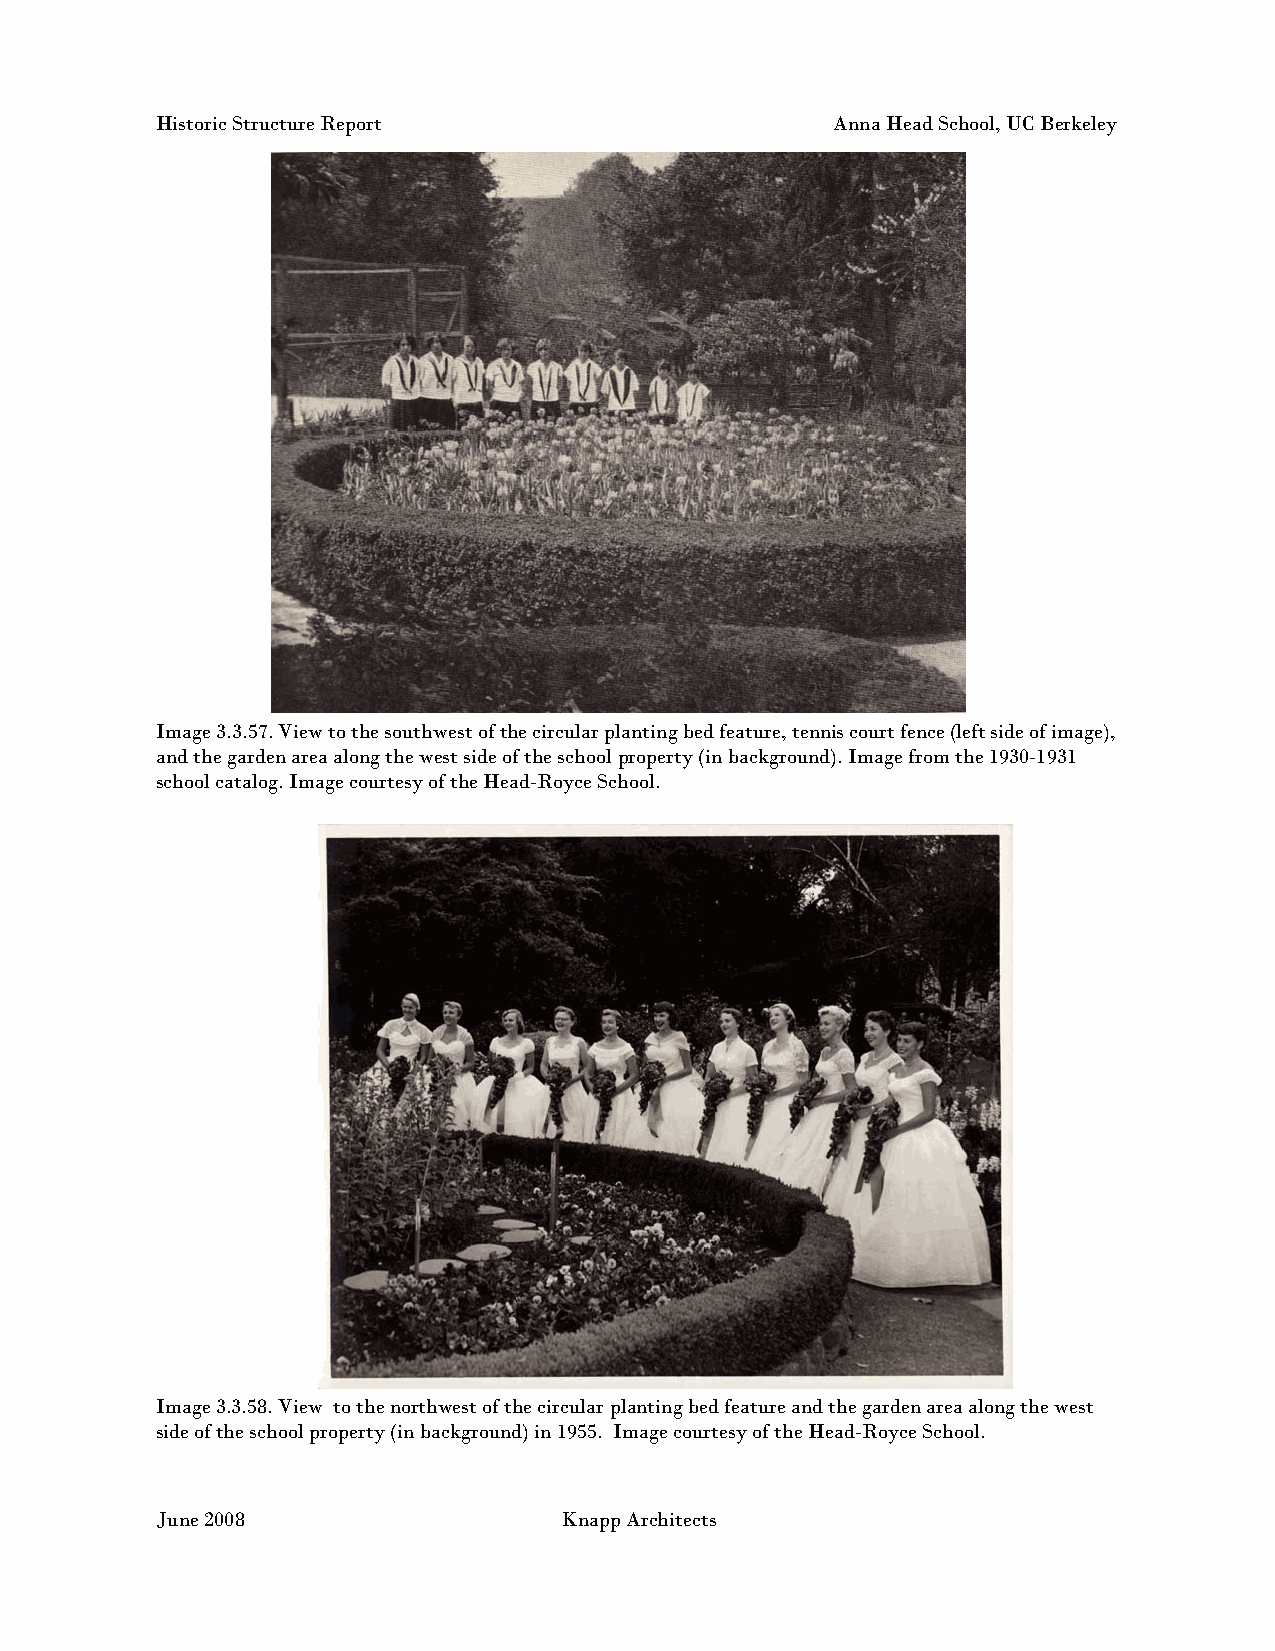
Historic Structure Report                    Anna Head School, UC Berkeley
 Image 3.3.57. View to the southwest of the circular planting bed feature, tennis court fence (left side of image),
 and the garden area along the west side of the school property (in background). Image from the 1930-1931
 school catalog. Image courtesy of the Head-Royce School.
 Image 3.3.58. View to the northwest of the circular planting bed feature and the garden area along the west
 side of the school property (in background) in 1955. Image courtesy of the Head-Royce School.
 June 2008                  Knapp Architects